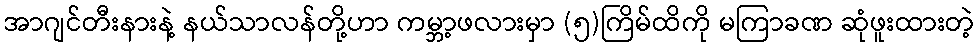
အာဂျင်တီးနားနဲ့ နယ်သာလန်တို့ဟာ ကမ္ဘာ့ဖလားမှာ (၅)ကြိမ်ထိကို မကြာခဏ ဆုံဖူးထားတဲ့